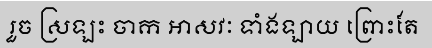
រួច ស្រឡះ ចាក អាសវៈ ទាំងឡាយ ព្រោះតែ